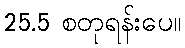
25.5 စတုရန်းပေ။